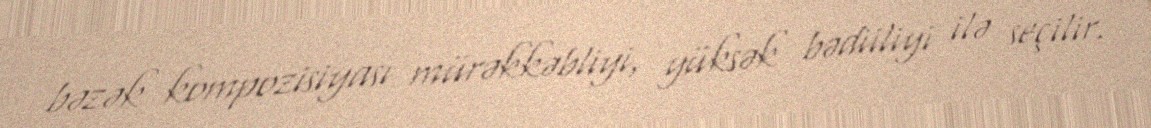
bəzək kompozisiyası mürəkkəbliyi, yüksək bədiiliyi ilə seçilir.